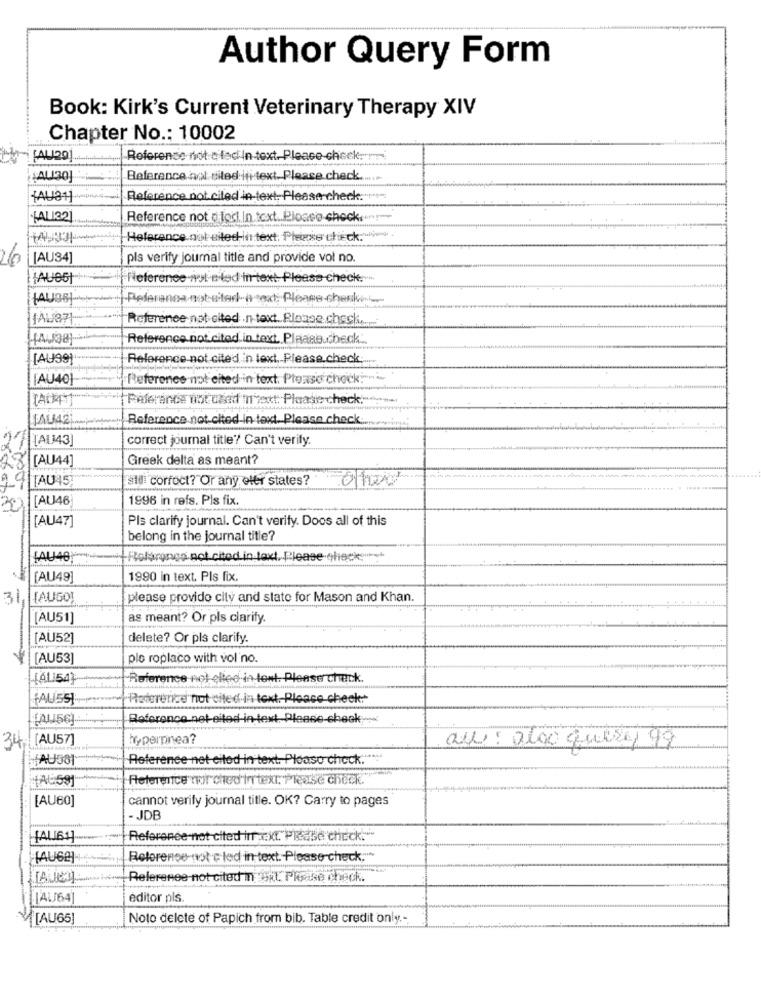
Author Query Form
Book: Kirk's Current Veterinary Therapy XIV
Chapter No .: 10002
CALI29
Reference not c'laci In text. Please check:
(AL30]
Reference aol sited ini text. Please check ..
HAUS11
Reference not cited in-text- Please check.
FALI32
Reference not o jos. In text. Plocco check.
Heference not eited-In text. Please check.
[AU34]
pls verify journal title and provide vol no.
(AUSSI
Reference not eled in text. Please check ...
Pederones not stadi next Please check
Reference not cited .n.text. Please.chech .....
Reference not cited in text. Please.check
[AU99)
Reference not cited in text. Please.check
[AU40]
Reference not eited in text. Please check:"
Reference botched next: Please check.
JAU42
Reference not cited-in text. Please check
correct journal title? Can't verify.
[AU44]
Greek delta as meant?
TAU45
all correct? Or any eler states?
[AU46
1996 in refs. Pls fix.
[AU47]
Pls clarify journal. Can't verify. Doos all of this
belong in the journal title?
[AU40)
+Rotaronga not cited in text. Please check ..
[AU49]
1990 in text. Pls fix.
31
[AUSO)
please provido city and state for Mason and Khan.
[AU51]
as meant? Or pls clarify.
[AU52]
delete? Or pls clarify.
[AU53
plo roplaco with vol no.
(AL 54)
Reference not elied in tent. Please check
(AUSSI
Potererize not cited in text.Please check:
[AU56).
Reference net eited in- text. Please check -.
34 [AU57]
hyperpnea?
au : algo quiry 99
AU581
Reference net citod in text. Ploaso check.".
{AL:59]
Reference (or ched'Intext, Please check.
[AU60]
cannot verify journal title. OK? Carry to pages
- JDB
Reference-not cited in ext. Please check.
(AU62]
Reference nost c led in text. Please check:
Relerenee-not cited ingOkt. Please check.
['AL64)
editor pls.
M[AU65]
Noto delete of Papich from bib. Table credit only .-